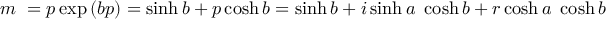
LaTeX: m ~ = p \exp { ( b p ) } = \sinh b + p \cosh b = \sinh b + i \sinh a ~ \cosh b + r \cosh a ~ \cosh b